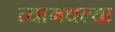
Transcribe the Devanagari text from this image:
त्यामधल्या